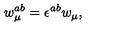
w _ { \mu } ^ { a b } = \epsilon ^ { a b } w _ { \mu } ,